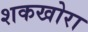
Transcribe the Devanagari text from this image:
शकखोरा